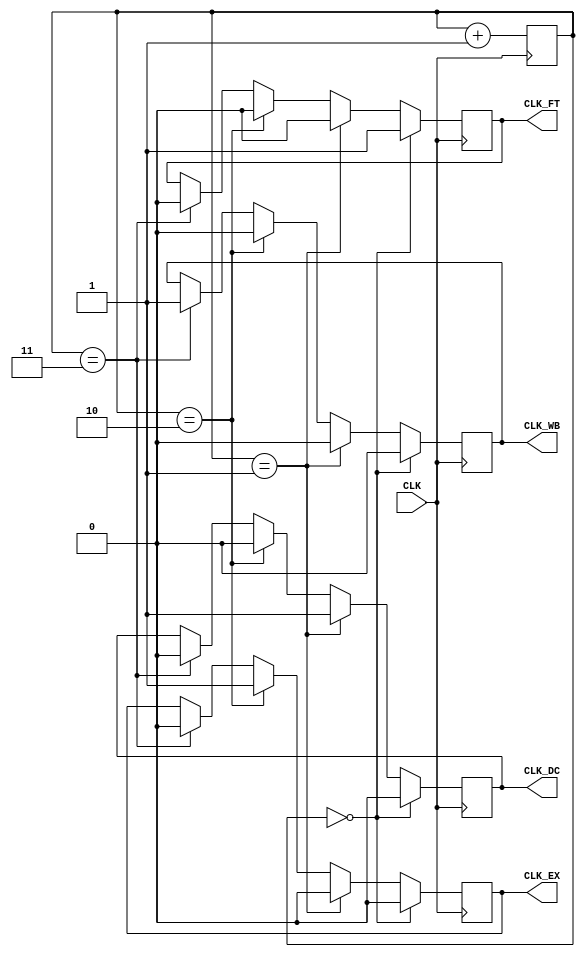


module clock_gen(CLK, CLK_FT, CLK_DC, CLK_EX, CLK_WB);

    input          CLK;
    output         CLK_FT;
    output         CLK_DC;
    output         CLK_EX;
    output         CLK_WB;

    reg            CLK_FT = 0;
    reg            CLK_DC = 0;
    reg            CLK_EX = 0;
    reg            CLK_WB = 0;
    reg [1:0]      COUNT = 2'b00;

    always@(posedge CLK) begin

        COUNT <= COUNT + 2'b01;
        
        if(COUNT == 2'b00) begin
            CLK_FT <= 1;
            CLK_DC <= 0;
            CLK_EX <= 0;
            CLK_WB <= 0;
        end 
        else if(COUNT == 2'b01) begin
            CLK_FT <= 0;
            CLK_DC <= 1;
            CLK_EX <= 0;
            CLK_WB <= 0;
        end 
        else if(COUNT == 2'b10) begin
            CLK_FT <= 0;
            CLK_DC <= 0;
            CLK_EX <= 1;
            CLK_WB <= 0;
        end 
        else if(COUNT == 2'b11) begin
            CLK_FT <= 0;
            CLK_DC <= 0;
            CLK_EX <= 0;
            CLK_WB <= 1;
        end
        
    end

endmodule